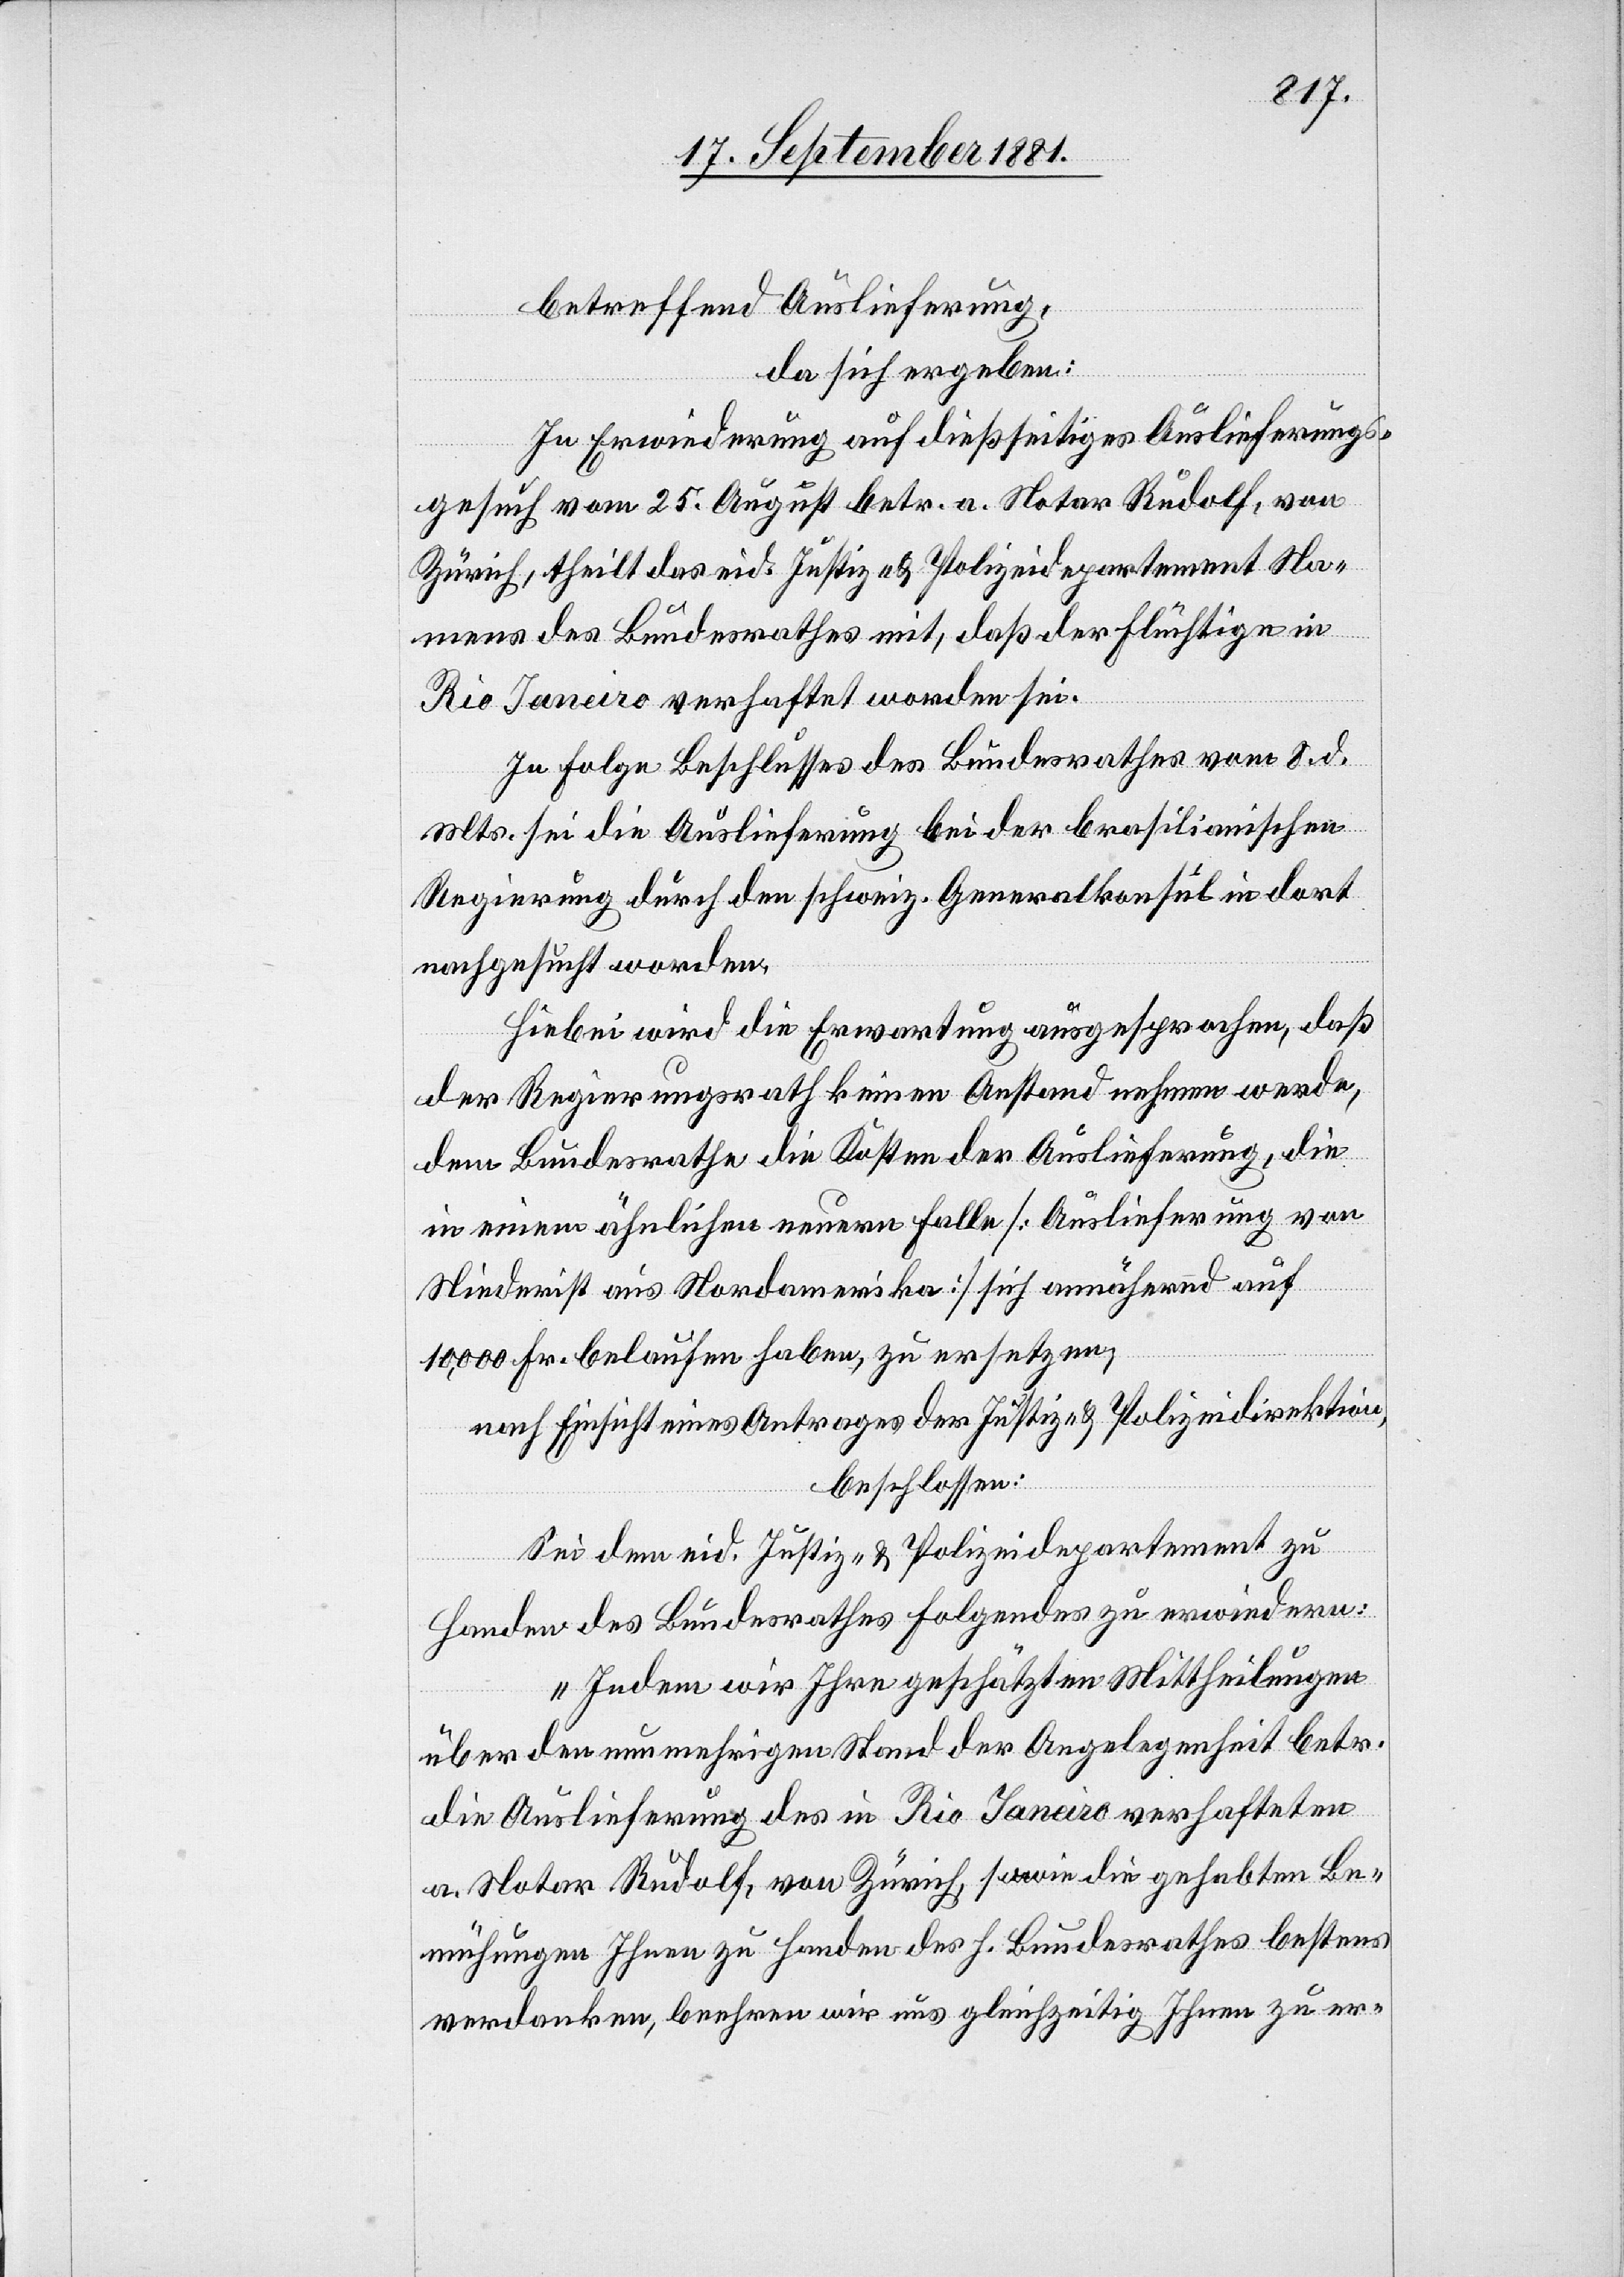
betreffend Auslieferung,
da sich ergeben:
In Erwiederung auf dießseitiges Auslieferungs¬
gesuch vom 25. August betr. a. Notar Rudolf, von
Zürich, theilt das eid. Justiz- & Polizeidirektion Na¬
mens des Bundesrathes mit, daß der Flüchtige in
Rio Janeiro verhaftet worden sei.
In Folge Beschlusses des Bundesrathes vom 8. d.
Mts. sei die Auslieferung bei der brasilianischen
Regierung durch den schweiz. Generalkonsul in dort
nachgesucht worden.
Hiebei wird die Erwartung ausgesprochen, daß
der Regierungsrath keinen Anstand nehmen werde,
dem Bundesrathe die Kosten der Auslieferung, die
in einem ähnlichen neuern Falle [Auslieferung von
Niederist aus Nordamerika] sich annähern auf
10,000 Fr. belaufen haben, zu ersetzen;
nach Einsicht eines Antrages der Justiz- & Polizeidirektion,
beschlossen:
Sei dem eid. Justiz- & Polizeidirektion zu
Handen des Bundesrathes Folgendes zu erwiedern:
„Indem wir Ihre geschätzten Mittheilungen
über den neu mehrigen Stand der Angelegenheit betr.
die Auslieferung des in Rio Janeiro verhafteten
a. Notar Rudolf, von Zürich, sowie die gehabten Be¬
mühungen Ihnen zu Handen des h. Bundesrathes bestens
verdanken, beehren wir uns gleichzeitig Ihnen zu er-